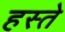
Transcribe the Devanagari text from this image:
हस्‍ते